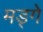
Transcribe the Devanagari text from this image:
मड्गे